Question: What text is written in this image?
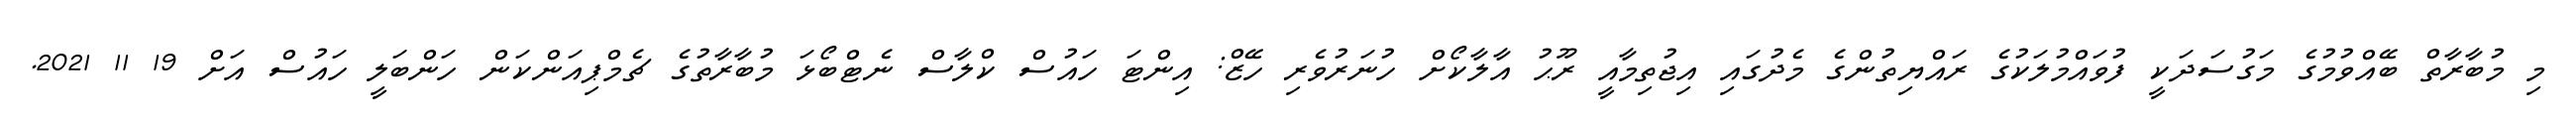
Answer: މި މުބާރާތް ބޭއްވުމުގެ މަގުސަދަކީ ފުވައްމުލަކުގެ ރައްޔިތުންގެ މެދުގައި އިޖުތިމާއީ ރޫޙު އާލާކޯށް ހުނަރުވެރި ހޭޒް: އިންޓަ ހައުސް ކްލާސް ނެޓްބޯޅަ މުބާރާތުގެ ޗެމްޕިއަންކަން ހަންބަލީ ހައުސް އަށް 19 11 2021.